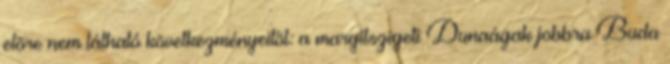
elõre nem látható következményeitõl: a margitszigeti Dunaágak jobbra Buda